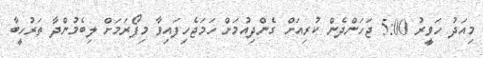
މިއަދު ހަވީރު 5:00 ޖަހަންދެން ކުރިއަށް ގެންދިއުމަށް ހަމަޖެހިފައިވާ މިފޯރަމަށް ލިބެމުންދާ ތަރުހީބާ